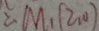
\therefore M _ { 1 } ( 2 , 0 )